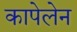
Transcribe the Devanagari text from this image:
कापेलेन